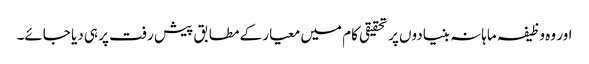
اور وہ وظیفہ ماہانہ بنیادوں پر تحقیقی کام میں معیار کے مطابق پیش رفت پر ہی دیا جائے۔